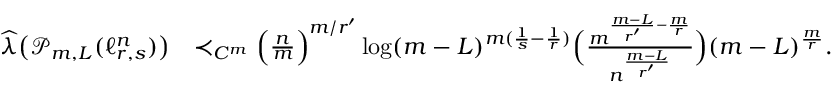
\begin{array} { r l } { \widehat { \boldsymbol { \lambda } } \big ( \mathcal P _ { m , L } ( \ell _ { r , s } ^ { n } ) \big ) } & { \prec _ { C ^ { m } } \Big ( \frac { n } { m } \Big ) ^ { m / r ^ { \prime } } \log ( m - L ) ^ { m ( \frac 1 { s } - \frac 1 { r } ) } \Big ( \frac { m ^ { \frac { m - L } { r ^ { \prime } } - \frac { m } { r } } } { n ^ { \frac { m - L } { r ^ { \prime } } } } \Big ) ( m - L ) ^ { \frac { m } { r } } . } \end{array}